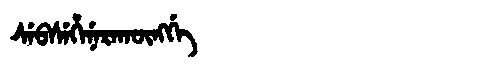
Manchu: ᠰᡝᠪᠰᡝᡥᡝᠨᡝᡵᠠᡴᡡᠩᡤᡝ
Romanization: SEBSEHENERAKŪNGGE